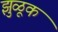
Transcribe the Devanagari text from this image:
झुळूक